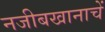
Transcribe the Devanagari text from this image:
नजीबखानाचें